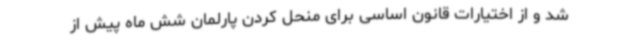
شد و از اختیارات قانون اساسی برای منحل کردن پارلمان شش ماه پیش از